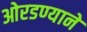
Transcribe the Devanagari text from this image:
ओरडण्याने